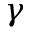
\gamma